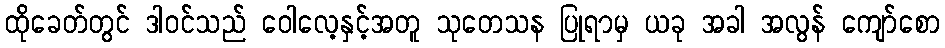
ထိုခေတ်တွင် ဒါဝင်သည် ဝေါလေ့နှင့်အတူ သုတေသန ပြုရာမှ ယခု အခါ အလွန် ကျော်စော